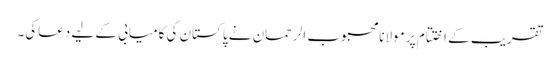
تقریب کے اختتام پر مولانامحبوب الرحمان نے پاکستان کی کامیابی کے لیے دعاکی۔